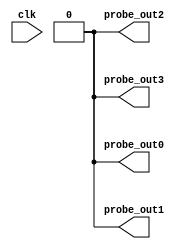
module vio_0_1 (
clk,
probe_out0,
probe_out1,
probe_out2,
probe_out3
);
input clk;
output reg [0 : 0] probe_out0 = 'h0 ;
output reg [0 : 0] probe_out1 = 'h0 ;
output reg [0 : 0] probe_out2 = 'h0 ;
output reg [0 : 0] probe_out3 = 'h0 ;
endmodule